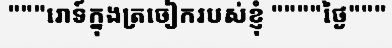
"""រោទ៍ក្នុងត្រចៀករបស់ខ្ញុំ """"ថ្ងៃ"""